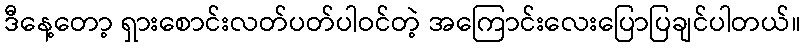
ဒီနေ့တော့ ရှားစောင်းလတ်ပတ်ပါဝင်တဲ့ အကြောင်းလေးပြောပြချင်ပါတယ်။